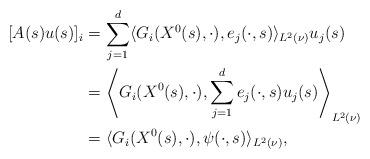
LaTeX: \begin{align*}\lbrack A(s)u(s)]_{i}& =\sum_{j=1}^{d}\langle G_{i}(X^{0}(s),\cdot),e_{j}(\cdot ,s)\rangle _{L^{2}(\nu )}u_{j}(s) \\& =\left\langle G_{i}(X^{0}(s),\cdot ),\sum_{j=1}^{d}e_{j}(\cdot,s)u_{j}(s)\right\rangle _{L^{2}(\nu )} \\& =\langle G_{i}(X^{0}(s),\cdot ),\psi (\cdot ,s)\rangle _{L^{2}(\nu )},\end{align*}